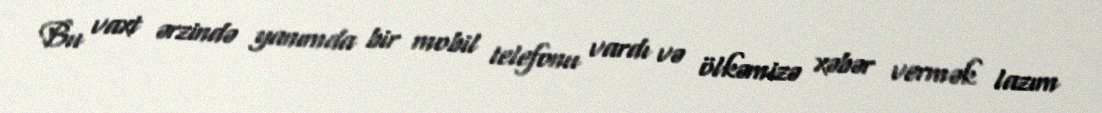
Bu vaxt ərzində yanımda bir mobil telefonu vardı və ölkəmizə xəbər vermək lazım